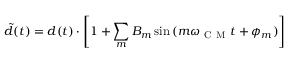
\tilde { d } ( t ) = d ( t ) \cdot \left[ 1 + \sum _ { m } B _ { m } \sin { ( m \omega _ { \mathrm { ~ C ~ M ~ } } t + \phi _ { m } ) } \right]